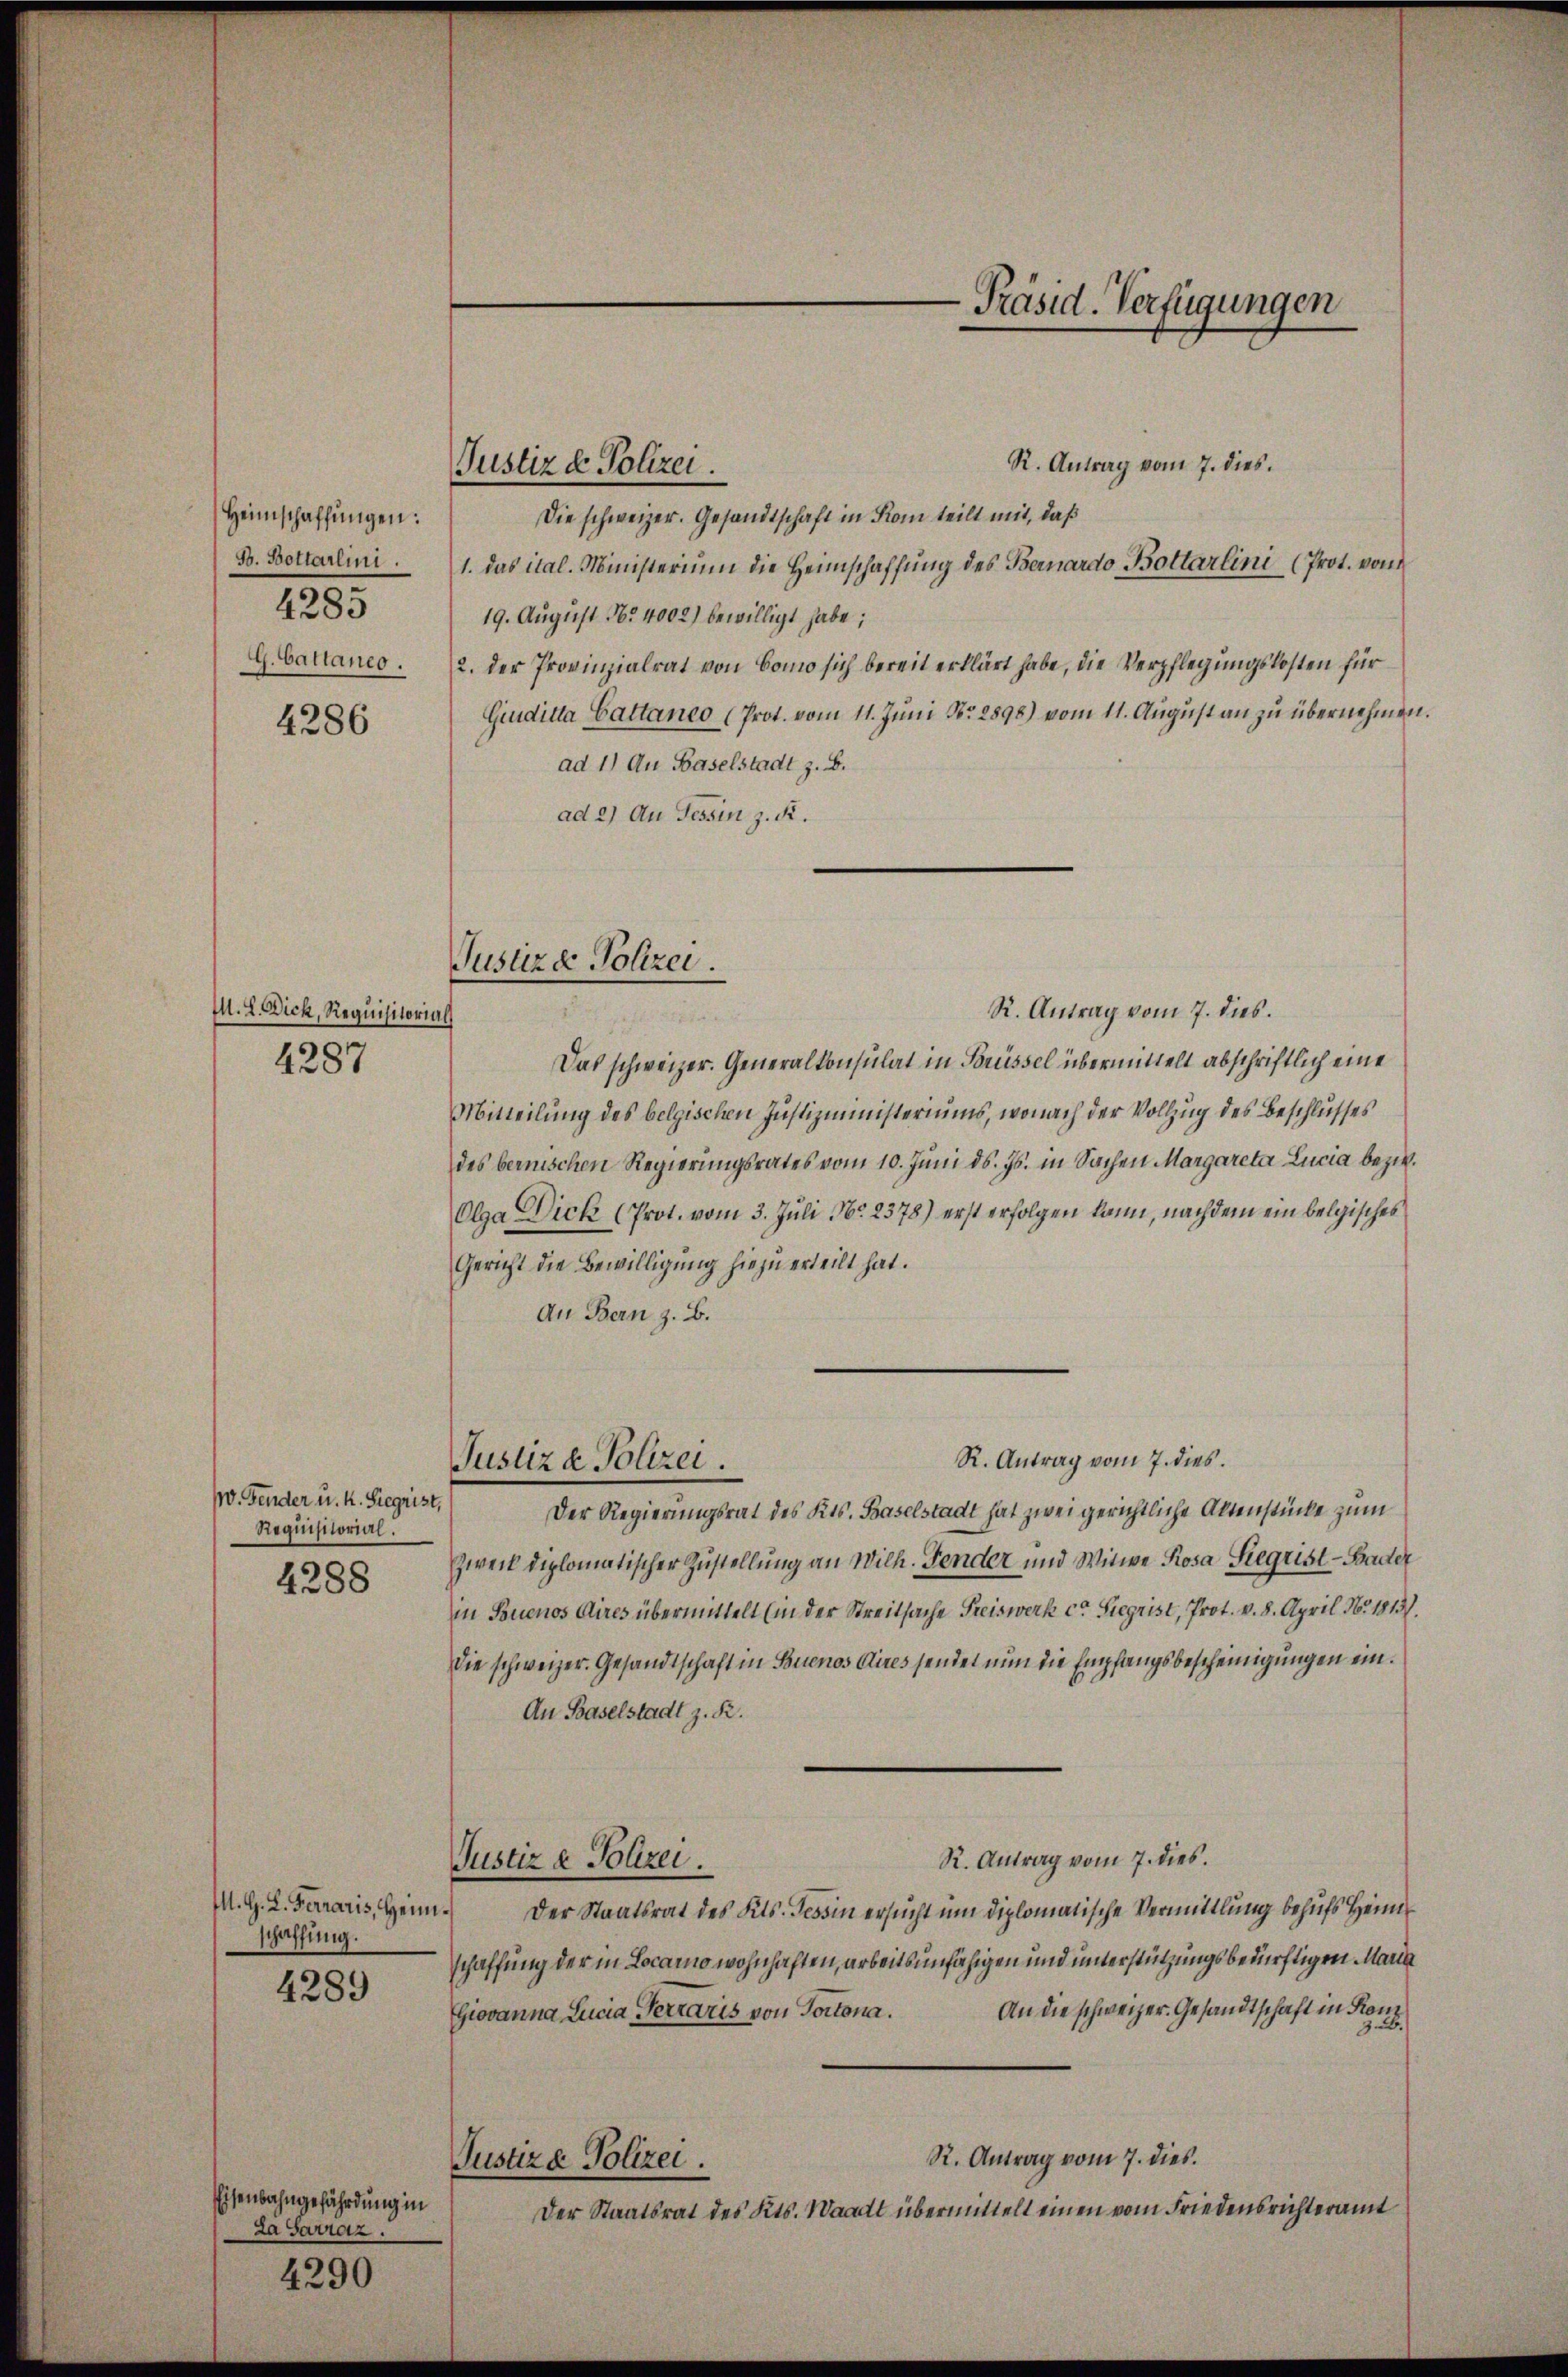
Heimschaffŭngen:
F. Bottarlini
4285
G. Cattaneo.

4286

M. L. Dich, Requisitorial
4287

10. Fender u. k. Siegrist,
Requisitorial.
4288

M. G. L. Ferraris, Heim
schaffung.

4289

Eisenbahngefährdung in
La Sarraz.

4290

Justiz & Polizei

R. Antrag vom 7. dies
Die schweizer. Gesandtschaft in Kom teilt mit, daß
1. Das ital. Ministerium die Heimschaffung des Bernardo Bottarlini (Prot. von
19. August No 4002) bewilligt habe;
2. Der Provinzialrat von Bomo sich bereit erklärt habe, die Verpflegungskosten für
Giuditta Cattaneo (Prot. vom 11. Jŭni No. 2898) vom 11. Aŭgŭst an zu übernehmen.
ad 1) Au Baselstadt z. B.
ad 2) An Tessin z. R.

Justizd Polizei.

Justiza Polizei.

R. Antrag vom 7. dies.
Das schweizer. Generalkonsulat in Brüssel übermittelt abschriftlich eine
Mitteilung des belgischen Justizministeriums, wonach der Vollzug des Beschlusses
des bernischen Regierungsrates vom 10. Juni d. Js. in Sachen Margareta Lucia bezw.
Olga Dick (Prot. vom 3. Juli No 2378) erst erfolgen kann, nachdem ein belgisches
Gericht die Bewilligung hiezu erteilt hat.
An Bern z. B.
R. Antrag vom 7. dies
Der Regierungsrat des Kts. Baselstadt hat zwei gerichtliche Altenstücke zum
Zweck diplomatischer Zustellung an Wilh. Fender und Witwe Rosa Siegrist - Bader
in Buenos Aires übermittelt (in der Streitsache Preiswerk ca. Siegrist, Prot. v. 8. April N. 1813.
Die schweizer. Gesandtschaft in Buenos Aires sendet nun die Empfangsbescheinigungen ein¬
An Baselstadt z. R.
R. Antrag vom 7. dies.
Justiz & Polizei.
Der Staatsrat des Kts. Tessin ersucht um diplomatische Vermittlung behufs Heimschaffung der in Locarno wohnhaften, arbeitsunfähigen und unterstützungsbedürftigen Maria
Giovanna Lucia Ferraris von Portona. An die schweizer. Gesandtschaft in Kanz
R. Antrag vom 7. dies.
Justiza Polizei.
Der Staatsrat des Kts. Waadt übermittelt einen vom Friedensrichteramt

-Präsid. Verfügungen